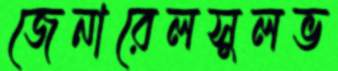
জেনারেলসুলভ